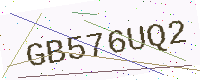
Text: GB576UQ2